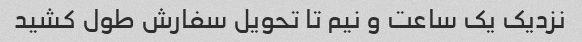
نزدیک یک ساعت و نیم تا تحویل سفارش طول کشید